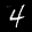
Label: 4